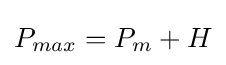
P_{max}=P_{m}+H